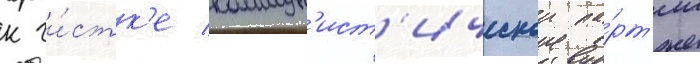
к чи́стк'е коммун'ист'ическои па́рт'ии